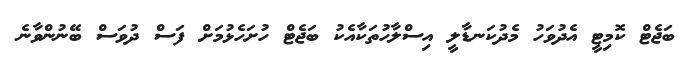
ބަޖެޓް ކޮމިޓީ އެދުވަހު މެދުކަނޑާލީ އިސްލާހުތަކާއެކު ބަޖެޓް ހުށަހެޅުމަށް ފަސް ދުވަސް ބޭނުންވާނެ